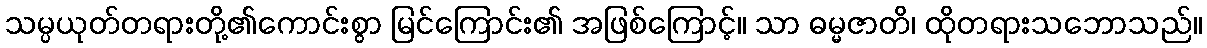
သမ္ပယုတ်တရားတို့၏ကောင်းစွာ မြင်ကြောင်း၏ အဖြစ်ကြောင့်။ သာ ဓမ္မဇာတိ၊ ထိုတရားသဘောသည်။